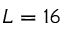
L = 1 6